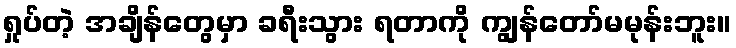
ရှုပ်တဲ့ အချိန်တွေမှာ ခရီးသွား ရတာကို ကျွန်တော်မမုန်းဘူး။